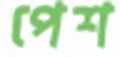
পেশ